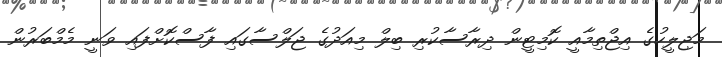
މަޖިލީހުގެ އިޖްތިމާއީ ކޮމިޓީން ދިރާސާކުރި ބިލް މިއަދުގެ ޖަލްސާގައި ފާސްކޮށްފައި ވަނީ މެމްބަރުން